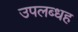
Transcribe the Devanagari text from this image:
उपलब्धह